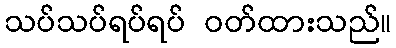
သပ်သပ်ရပ်ရပ် ဝတ်ထားသည်။